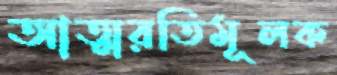
আত্মরতিমূলক